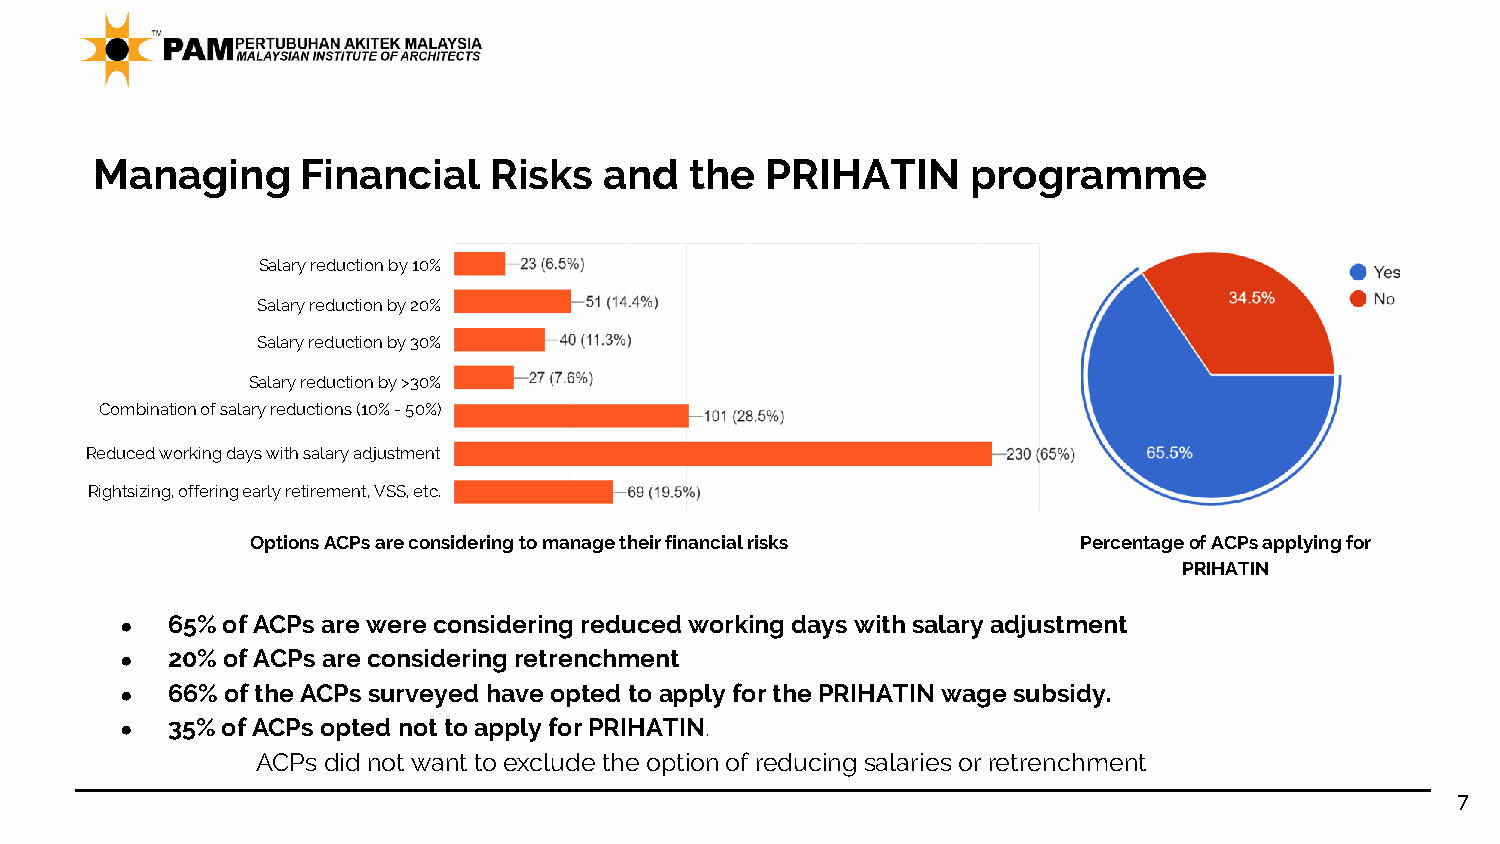
Managing      Financial   Risks   and   the  PRIHATIN     programme
 Salary reduction by 10%
 Salary reduction by 20%
 Salary reduction by 30%
 Salary reduction by >30%
 Combination of salary reductions (10% -50%)
 Reduced working days with salary adjustment
 Rightsizing, offering early retirement, VSS, etc.
 Options ACPs are considering to manage their financial risks Percentage of ACPs applying for
 PRIHATIN
 ●  65%ofACPsare wereconsideringreducedworkingdayswithsalaryadjustment
 ●  20%ofACPs areconsideringretrenchment
 ●  66%ofthe ACPs surveyed have opted toapplyforthe PRIHATINwage subsidy.
 ●  35%ofACPs opted nottoapply forPRIHATIN.
 ACPsdid notwanttoexcludetheoptionof reducing salariesorretrenchment
 7